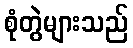
စုံတွဲများသည်